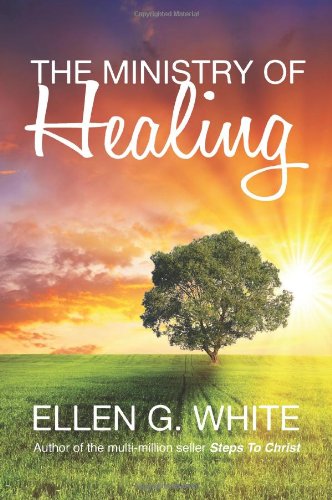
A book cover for The Ministry of Healing; Ellen G. White; Christian Books & Bibles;